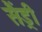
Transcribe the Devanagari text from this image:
सैंड्री